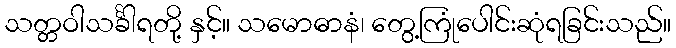
သတ္တဝါသင်္ခါရတို့ နှင့်။ သမောဓာနံ၊ တွေ့ကြုံပေါင်းဆုံရခြင်းသည်။